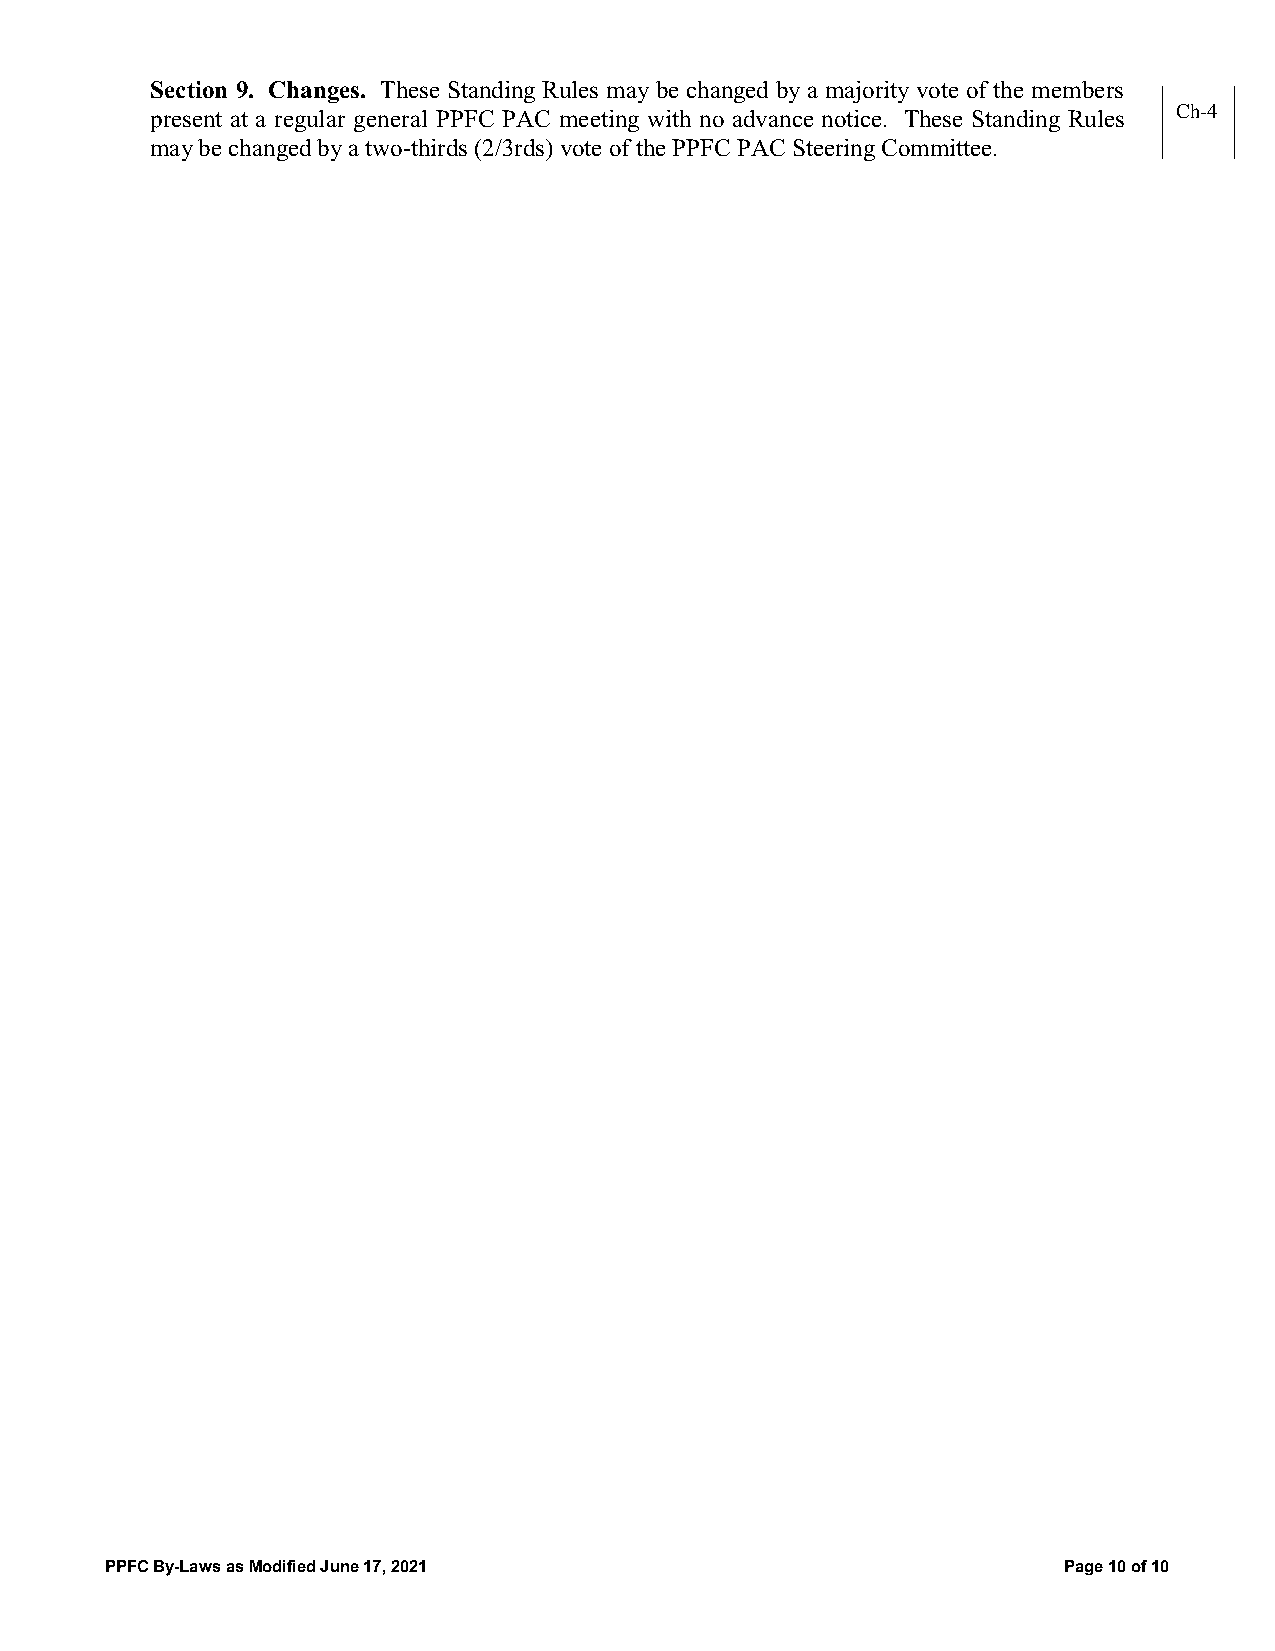
Section 9. Changes. These Standing Rules may be changed by a majority vote of the members
 present at a regular general PPFC PAC meeting with no advance notice. These Standing Rules Ch-4
 may be changed by a two-thirds (2/3rds) vote of the PPFC PAC Steering Committee.
 PPFC By-Laws as Modified June 17, 2021                         Page 10 of 10